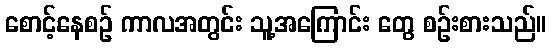
စောင့်နေစဉ် ကာလအတွင်း သူ့အကြောင်း တွေ စဉ်းစားသည်။